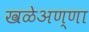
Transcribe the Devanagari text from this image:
खळेअण्णा